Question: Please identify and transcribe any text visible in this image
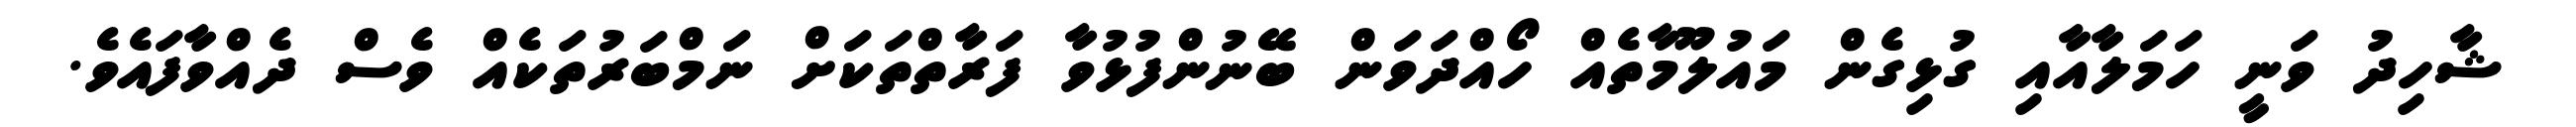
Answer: ޝާހިދު ވަނީ ހަމަލާއާއި ގުޅިގެން މައުލޫމާތެއް ހޯއްދަވަން ބޭނުންފުޅުވާ ފަރާތްތަކަށް ނަމްބަރުތަކެއް ވެސް ދެއްވާފައެވެ.